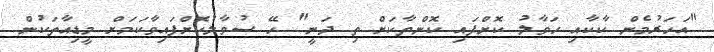
"އަހަރުމެން ކާކާއި ހަވާލު ކޮށްފައި ކޮންތާކަށް ތި ދަނީ" ހޭ ސުވާލުކޮށްފައިވާކަމަށް މީޑިއާތަކުން